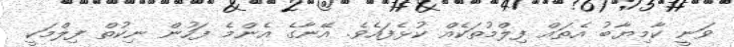
ވަނީ ކާމިޔާބު އެތައް ފިލްމުތަކެއް ކުޅެފައެވެ. އޭނާގެ އެންމެ ފަހުން ނިކުތް ފިލްމަކީ